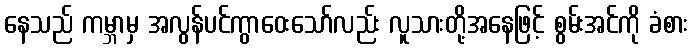
နေသည် ကမ္ဘာမှ အလွန်ပင်ကွာဝေးသော်လည်း လူသားတို့အနေဖြင့် စွမ်းအင်ကို ခံစား